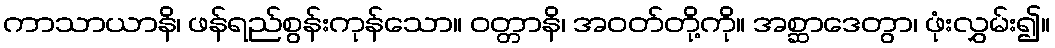
ကာသာယာနိ၊ ဖန်ရည်စွန်းကုန်သော။ ဝတ္တာနိ၊ အဝတ်တို့ကို။ အစ္ဆာဒေတွာ၊ ဖုံးလွှမ်း၍။